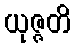
ယုဇ္ဇတိ